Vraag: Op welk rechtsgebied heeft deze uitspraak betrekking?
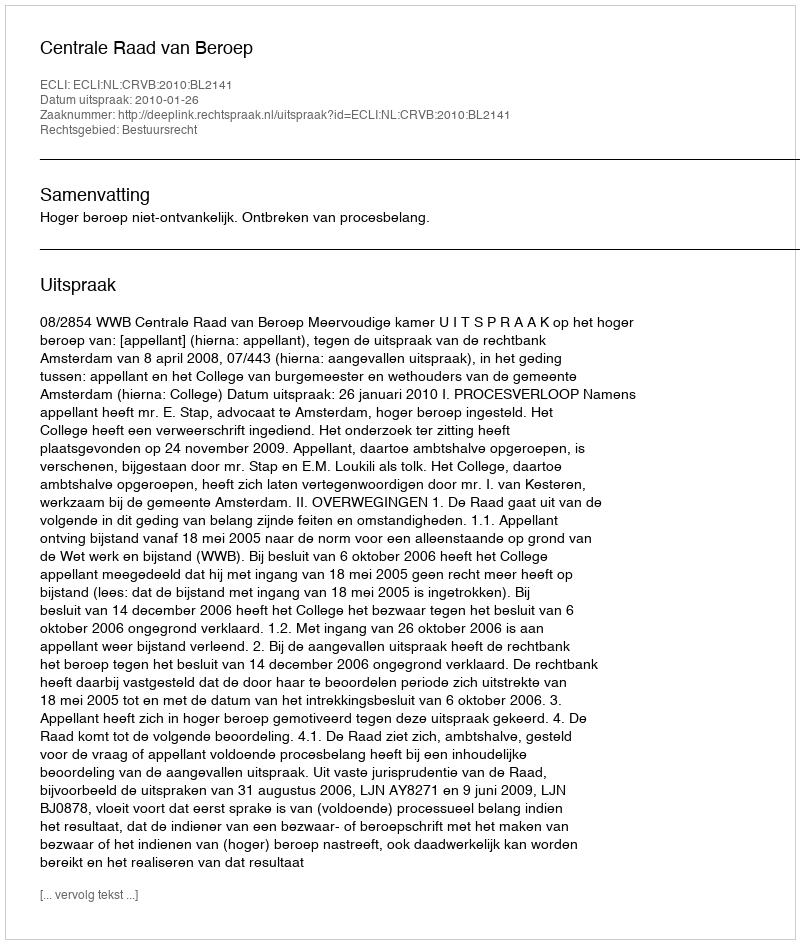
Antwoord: Bestuursrecht